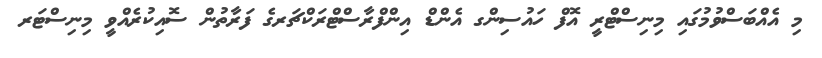
މި އެއްބަސްވުމުގައި މިނިސްޓްރީ އޮފް ހައުސިންގ އެންޑް އިންފްރާސްޓްރަކްޗަރގެ ފަރާތުން ސޮއިކުރެއްވީ މިނިސްޓަރ